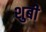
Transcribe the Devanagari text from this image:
शुबी